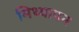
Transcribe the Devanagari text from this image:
मिथ्यापन